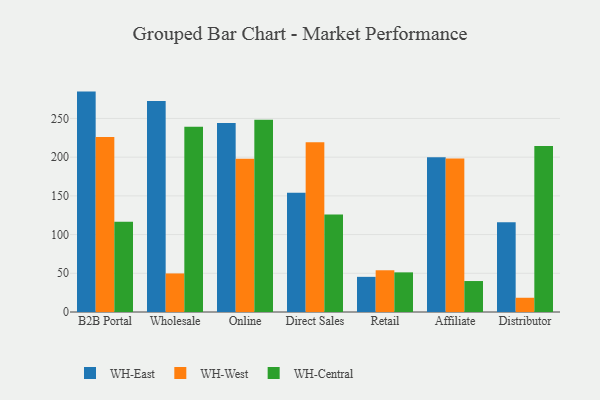
{"axis": {"x": "Channel", "y": "Conversion Rate (%)"}, "legend": ["WH-Central", "WH-East", "WH-West"], "data": [{"x": "B2B Portal", "y": 284.7, "type": "WH-East"}, {"x": "B2B Portal", "y": 225.9, "type": "WH-West"}, {"x": "B2B Portal", "y": 116.7, "type": "WH-Central"}, {"x": "Wholesale", "y": 272.5, "type": "WH-East"}, {"x": "Wholesale", "y": 49.8, "type": "WH-West"}, {"x": "Wholesale", "y": 239.4, "type": "WH-Central"}, {"x": "Online", "y": 244.2, "type": "WH-East"}, {"x": "Online", "y": 198.0, "type": "WH-West"}, {"x": "Online", "y": 248.3, "type": "WH-Central"}, {"x": "Direct Sales", "y": 154.2, "type": "WH-East"}, {"x": "Direct Sales", "y": 219.4, "type": "WH-West"}, {"x": "Direct Sales", "y": 126.0, "type": "WH-Central"}, {"x": "Retail", "y": 45.4, "type": "WH-East"}, {"x": "Retail", "y": 53.9, "type": "WH-West"}, {"x": "Retail", "y": 51.2, "type": "WH-Central"}, {"x": "Affiliate", "y": 200.0, "type": "WH-East"}, {"x": "Affiliate", "y": 198.4, "type": "WH-West"}, {"x": "Affiliate", "y": 40.0, "type": "WH-Central"}, {"x": "Distributor", "y": 115.8, "type": "WH-East"}, {"x": "Distributor", "y": 18.4, "type": "WH-West"}, {"x": "Distributor", "y": 214.4, "type": "WH-Central"}]}